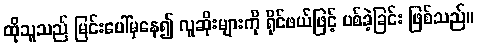
ထိုသူသည် မြင်းပေါ်မှနေ၍ လူဆိုးများကို ရိုင်ဖယ်ဖြင့် ပစ်ခဲ့ခြင်း ဖြစ်သည်။